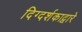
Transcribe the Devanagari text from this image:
दिग्दर्शकाद्वारे